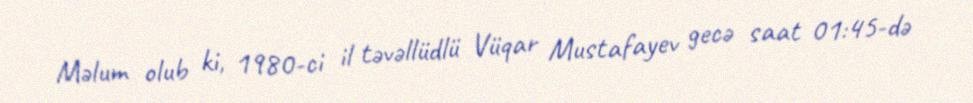
Məlum olub ki, 1980-ci il təvəllüdlü Vüqar Mustafayev gecə saat 01:45-də